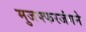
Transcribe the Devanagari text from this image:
मुजफ्फरजंगने